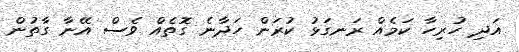
އަދި ހުރިހާ ކަމެއް ރަނގަޅު ކުރަން ހަދާނެ ގޮތެއް ވެސް އޭނާ ގާތުން